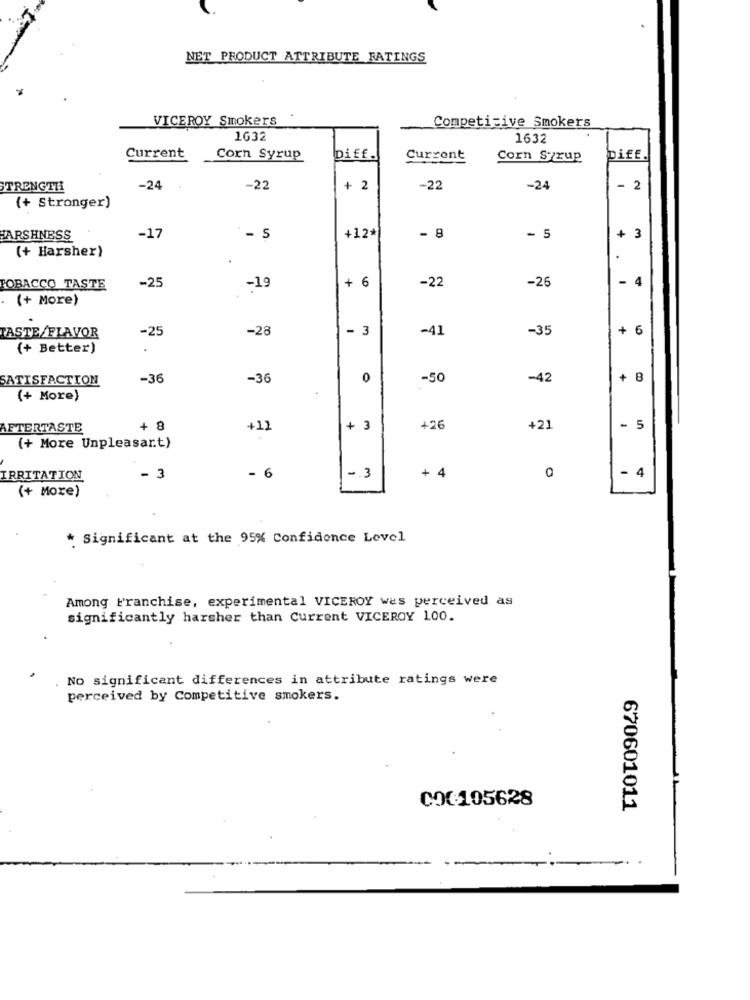
NET PRODUCT ATTRIBUTE RATINGS
VICEROY Smokers
Competitive Smokers
1632
1632
Current
Corn Syrup
Diff.
Current
Corn Syrup
DifE.
STRENGTH
-24
-22
+ 2
-22
-24
- 2
(+ Stronger)
- 8
FARSHNESS
-17
- 5
+12*
- 5
+ 3
(+ Harsher)
+ 6
-22
-26
- 4
TOBACCO TASTE
-25
-19
(+ More)
-25
-28
- 3
-41
-35
+
6
TASTE/FLAVOR
(+ Better)
SATISFACTION
-36
-36
0
-50
-42
+
8
(+ More)
5
AFTERTASTE
8
+12
+ 3
+26
+21
-
(+ More Unpleasant)
+ 4
-
IRRITATION
- 3
-. 3
0
4
(+ More)
* Significant at the 95% Confidence Lovel
Among Franchise, experimental VICEROY wes perceived as
significantly harsher than Current VICEROY 100.
No significant differences in attribute ratings were
perceived by Competitive smokers.
COC:105628
670601011